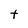
Character: t